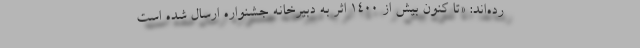
رده‌اند: «تا کنون بیش از ۱۴۰۰ اثر به دبیرخانه جشنواره ارسال شده است